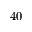
4 0